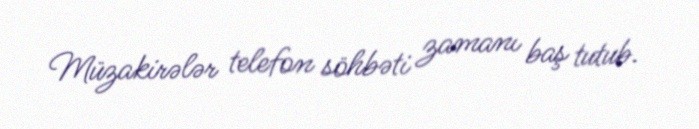
Müzakirələr telefon söhbəti zamanı baş tutub.